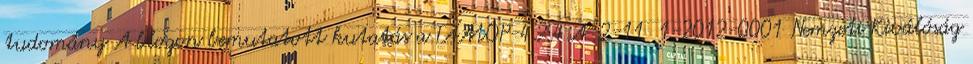
tudomány A blogon bemutatott kutatás a TÁMOP-4.2.4.A 2-11 1-2012-0001 Nemzeti Kiválóság